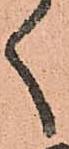
く